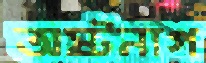
অষ্টনাগ